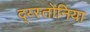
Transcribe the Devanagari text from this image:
द्य्स्तोनिया